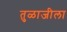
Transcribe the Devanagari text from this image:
तुळाजीला